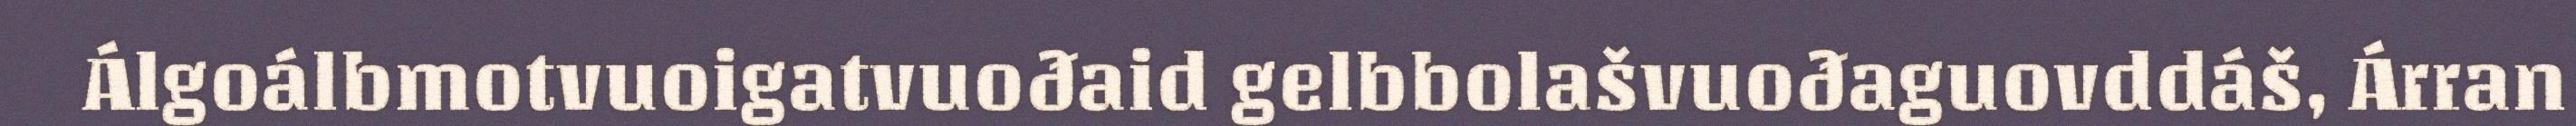
Álgoálbmotvuoigatvuoðaid gelbbolašvuoðaguovddáš, Árran